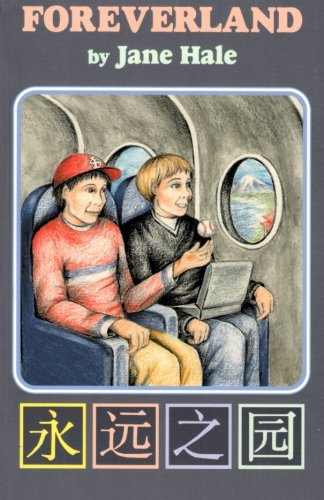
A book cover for Foreverland; Jane Hale; Children's Books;